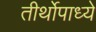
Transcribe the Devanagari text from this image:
तीर्थोपाध्ये